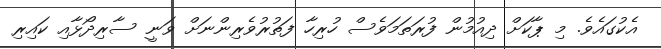
އެކުގައެވެ. މި ޕާކަށް ދިއުމުން ފުރަތަމަވެސް ހުރިހާ ފަތުރުވެރިންނަށް ވަނީ ސާރިދޯޅާއި ކައިރި